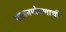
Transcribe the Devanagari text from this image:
पालनपोषणाची